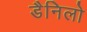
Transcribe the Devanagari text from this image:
डैनिलो